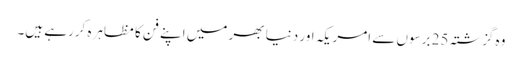
وہ گزشتہ 25 برسوں سے امریکہ اور دنیا بھر میں اپنے فن کا مظاہرہ کررہے ہیں۔